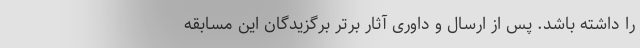
را داشته باشد. پس از ارسال و داوری آثار برتر برگزیدگان این مسابقه